Document type: Sale
Year: 1235
Scribe: Pere de Bages
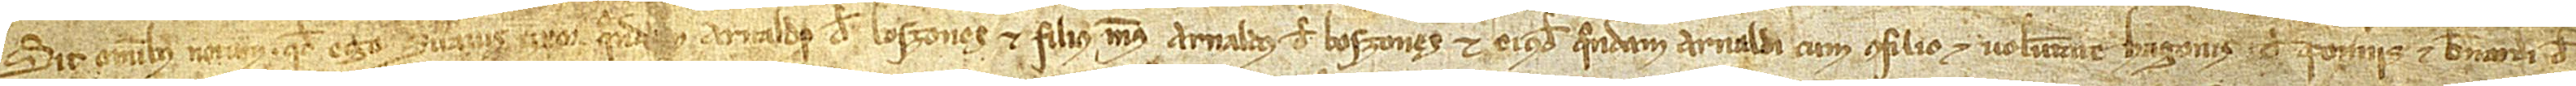
Sit omnibus notum quod ego Suavis, uxor quondam Arnaldi de Boszones, et filius meus Arnaldus de Boszones et eiusdem quondam Arnaldi, cum consilio et voluntate Hugonis de Pomeriis et Bernardi de